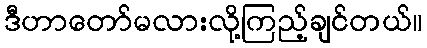
ဒီဟာတော်မလားလို့ကြည့်ချင်တယ်။